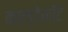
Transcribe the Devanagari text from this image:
काल्डेकॉट